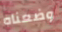
وضعناه